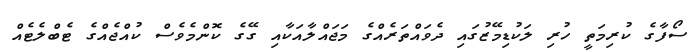
ސޯފާގެ ކުރިމަތީ ހުރި ލަކުޑިމޭޒުގައި ދެވައްތަރެއްގެ މަޖައްލާއަކާއި ގޭގެ ކޮންމެވެސް ކުއްޖެއްގެ ޓެބްލެޓެއް